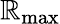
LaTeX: \mathbb{R}_{\mathrm{{max}}}